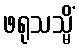
ဖရုသသ္မိံ